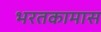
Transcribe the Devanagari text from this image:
भरतकामास